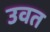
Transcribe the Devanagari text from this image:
उवत